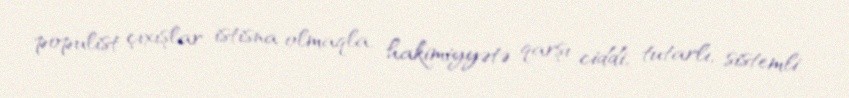
populist çıxışlar istisna olmaqla, hakimiyyətə qarşı ciddi, tutarlı, sistemli